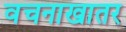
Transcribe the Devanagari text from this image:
वचनाखातर